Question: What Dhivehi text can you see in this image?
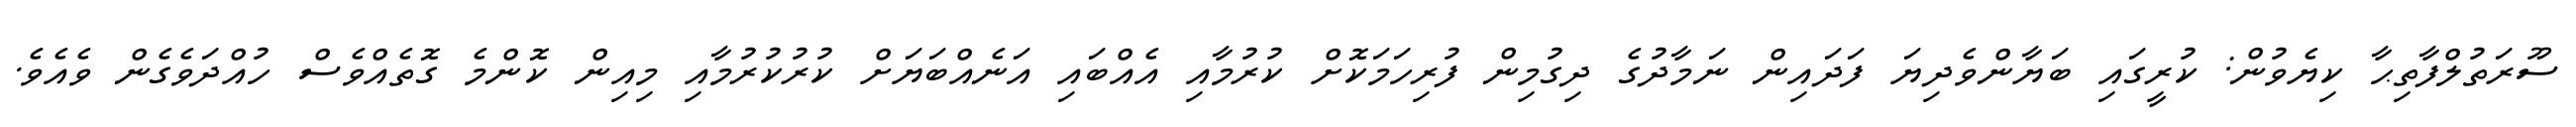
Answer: ސޫރަތުލްފާތިޙާ ކިޔެވުން: ކުރީގައި ބަޔާންވެދިޔަ ފަދައިން ނަމާދުގެ ދިގުމިން ފުރިހަމަކޮށް ކުރުމާއި އެއްބައި އަނެއްބަޔަށް ކުރުކުރުމާއި މިއިން ކޮންމެ ގޮތެއްވެސް ހުއްދަވެގެން ވެއެވެ.